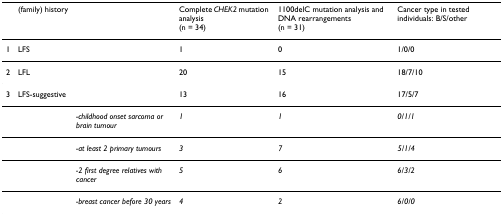
<table><thead><tr><td></td><td><b>(family) history</b></td><td></td><td><b>Complete <i>CHEK2 </i>mutation analysis(n = 34)</b></td><td><b>1100delC mutation analysis and DNA rearrangements(n = 31)</b></td><td><b>Cancer type in tested individuals: B/S/other</b></td></tr></thead><tbody><tr><td>1</td><td>LFS</td><td></td><td>1</td><td>0</td><td>1/0/0</td></tr><tr><td>2</td><td>LFL</td><td></td><td>20</td><td>15</td><td>18/7/10</td></tr><tr><td>3</td><td>LFS-suggestive</td><td></td><td>13</td><td>16</td><td>17/5/7</td></tr><tr><td></td><td></td><td><i>-childhood onset sarcoma or brain tumour</i></td><td><i>1</i></td><td><i>1</i></td><td><i>0/1/1</i></td></tr><tr><td></td><td></td><td><i>-at least 2 primary tumours</i></td><td><i>3</i></td><td><i>7</i></td><td><i>5/1/4</i></td></tr><tr><td></td><td></td><td><i>-2 first degree relatives with cancer</i></td><td><i>5</i></td><td><i>6</i></td><td><i>6/3/2</i></td></tr><tr><td></td><td></td><td><i>-breast cancer before 30 years</i></td><td><i>4</i></td><td><i>2</i></td><td><i>6/0/0</i></td></tr></tbody></table>